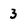
Character: 3